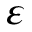
\varepsilon